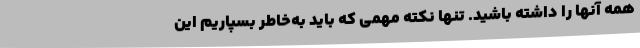
همه آنها را داشته باشید. تنها نکته مهمی که باید به‌خاطر بسپاریم این